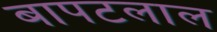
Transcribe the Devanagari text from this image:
बापटलाल